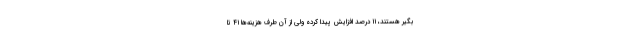
بگیر هستند، ۱۱ درصد افزایش پیدا کرده ولی از آن طرف هزینه‌ها ۴۱ تا